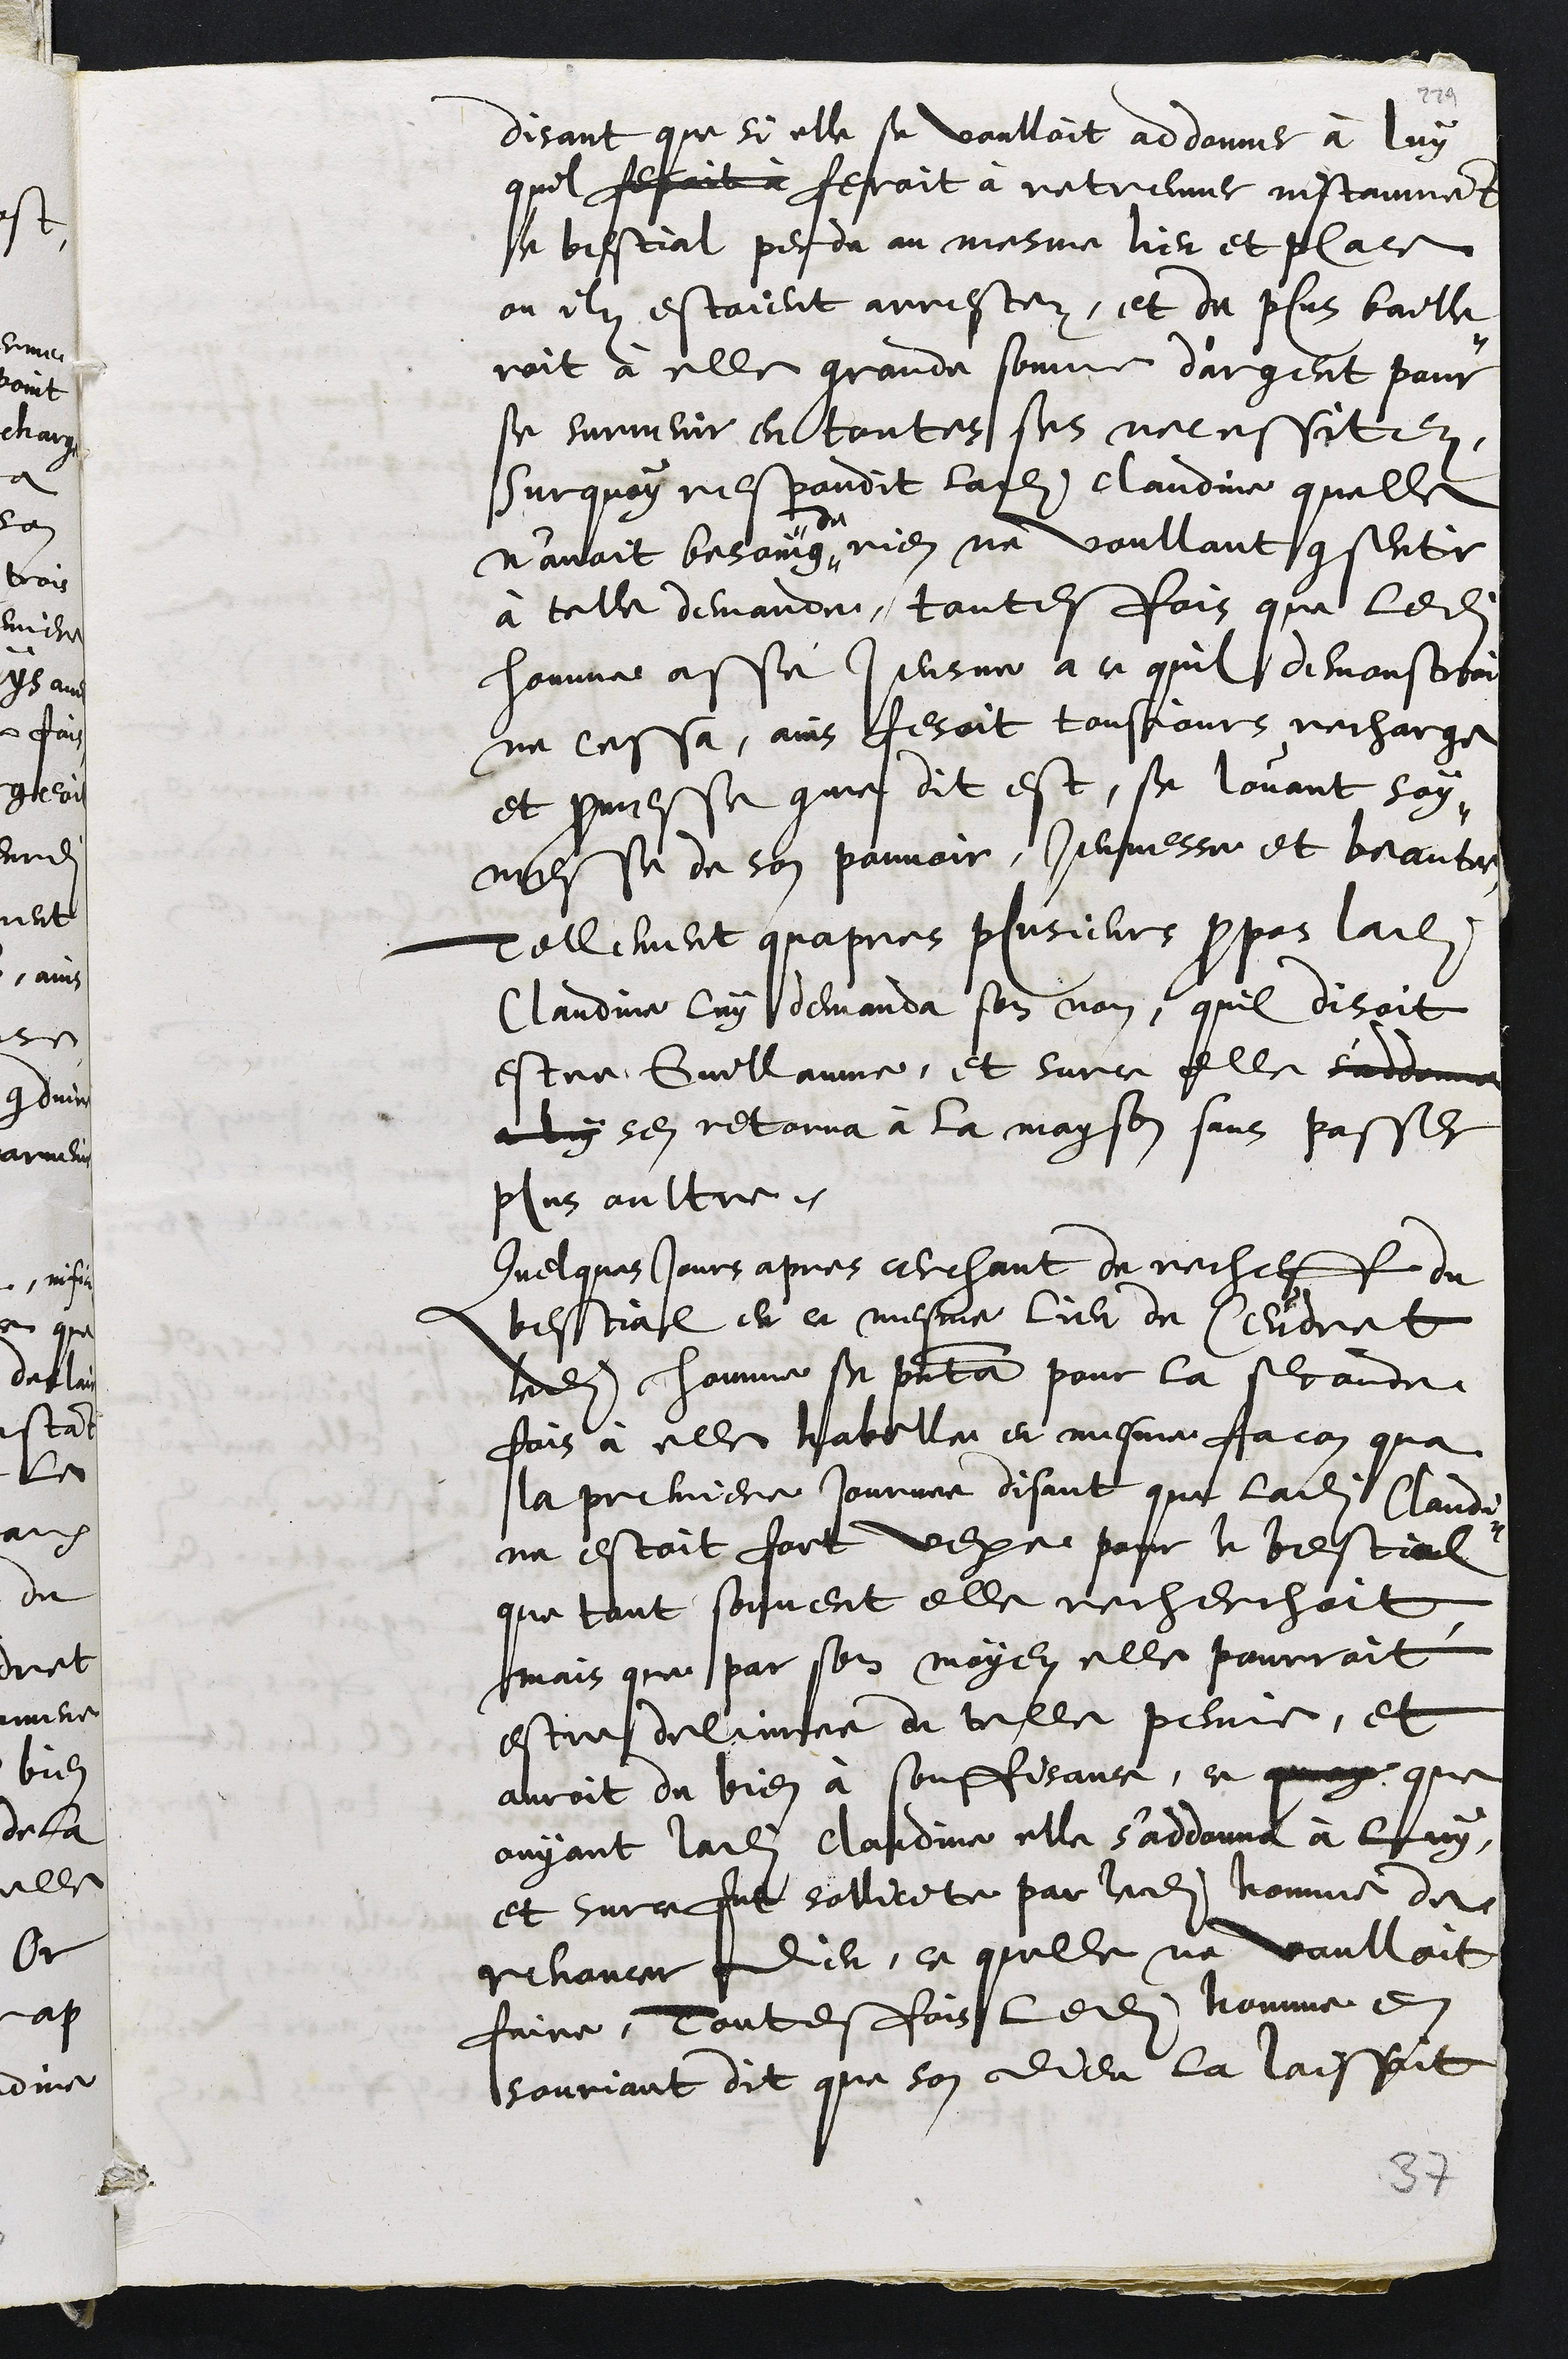
disant que si elle se voulloit addonner à luy
quil fecoit à feroit à retreuver instamment
le bestial perdu au mesme lieu et place
ou ilz estoient arrestez, et de plus baille¬
roit à elle grande somme d'argent pour
se survenir en toutes ses necessitez,
Sur quoy respondit ladite Claudine quelle
n'avoit besoing
de
rien ne voullant consentir
à telle demande, toutesfois que ledit
homme assé jeusne a ce quil demonstroit
ne cessa, ains fesoit tousjours recharge
et promesse comme dit est, se louant soy¬
mesme de son pouvoir, jeunesse et beautee
Tellement quapres plusieurs propos ladite
Claudine luy demanda son non, quil disoit
estre Guillaume, et surce elle s'addonna
a luy sen retorna à la mayson sans passer
plus oultre.
Quelques jours apres cerchant derecheff du
bestial en ce mesme lieu de Ceudret
ledit homme se presenta pour la seconde
fais à elle habille en mesme facon qua
la premiere Journee disant que ladite Claudi¬
ne estoit fort vexee pour le bestial
que tant souvent elle recherchoit,
mais que par son moyen elle pourroit
estre delivree de telle peine, et
auroit du bien à souffisance, ce quoy que
ouyant ladite Claudine elle s'addonna à luy,
et sur ce fut sollicite par ledit homme de
renoncer Dieu, ce quelle ne voulloit
faire, Toutesfois ledit homme en
souriant dit que son dieu la laissait
37